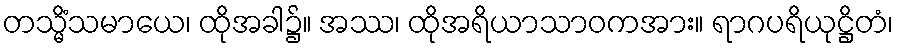
တသ္မိံသမာယေ၊ ထိုအခါ၌။ အဿ၊ ထိုအရိယာသာဝကအား။ ရာဂပရိယုဋ္ဌိတံ၊